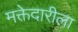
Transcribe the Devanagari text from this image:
मक्तेदारीला